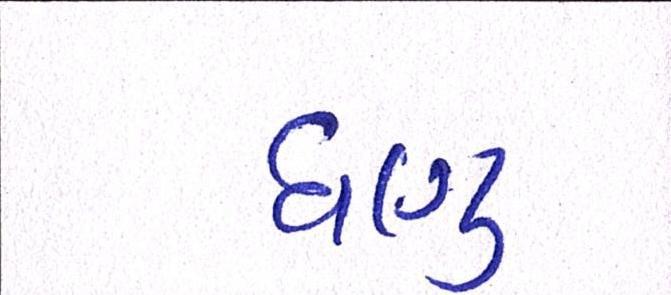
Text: ઘણુ